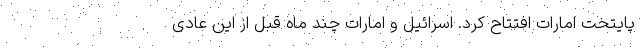
پایتخت امارات افتتاح کرد. اسرائیل و امارات چند ماه قبل از این عادی